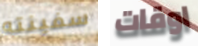
سفينته اوقات